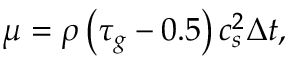
\mu = \rho \left( \tau _ { g } - 0 . 5 \right) c _ { s } ^ { 2 } \Delta t ,